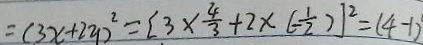
= ( 3 x + 2 y ) ^ { 2 } = [ 3 \times \frac { 4 } { 3 } + 2 \times ( - \frac { 1 } { 2 } ) ] ^ { 2 } = ( 4 - 1 )